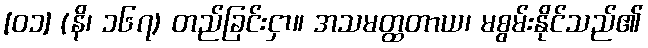
[၀၁] (နိ၊ ၁၆၇) တည်ခြင်းငှာ။ အသမတ္ထတာယ၊ မစွမ်းနိုင်သည်၏